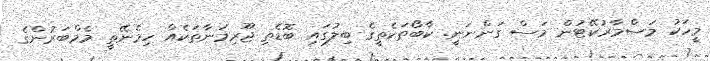
މީހަކު މަސްމާރުކޭޓުން މަސް ގަންނަނީ. ކާބޯތަކެތީގެ ބިލުގައި ބޮޑެތި ޖޫރިމަނާތަކެއް ހިމެނޭތީ މެމްބަރުންގެ